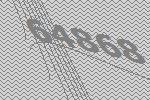
64868